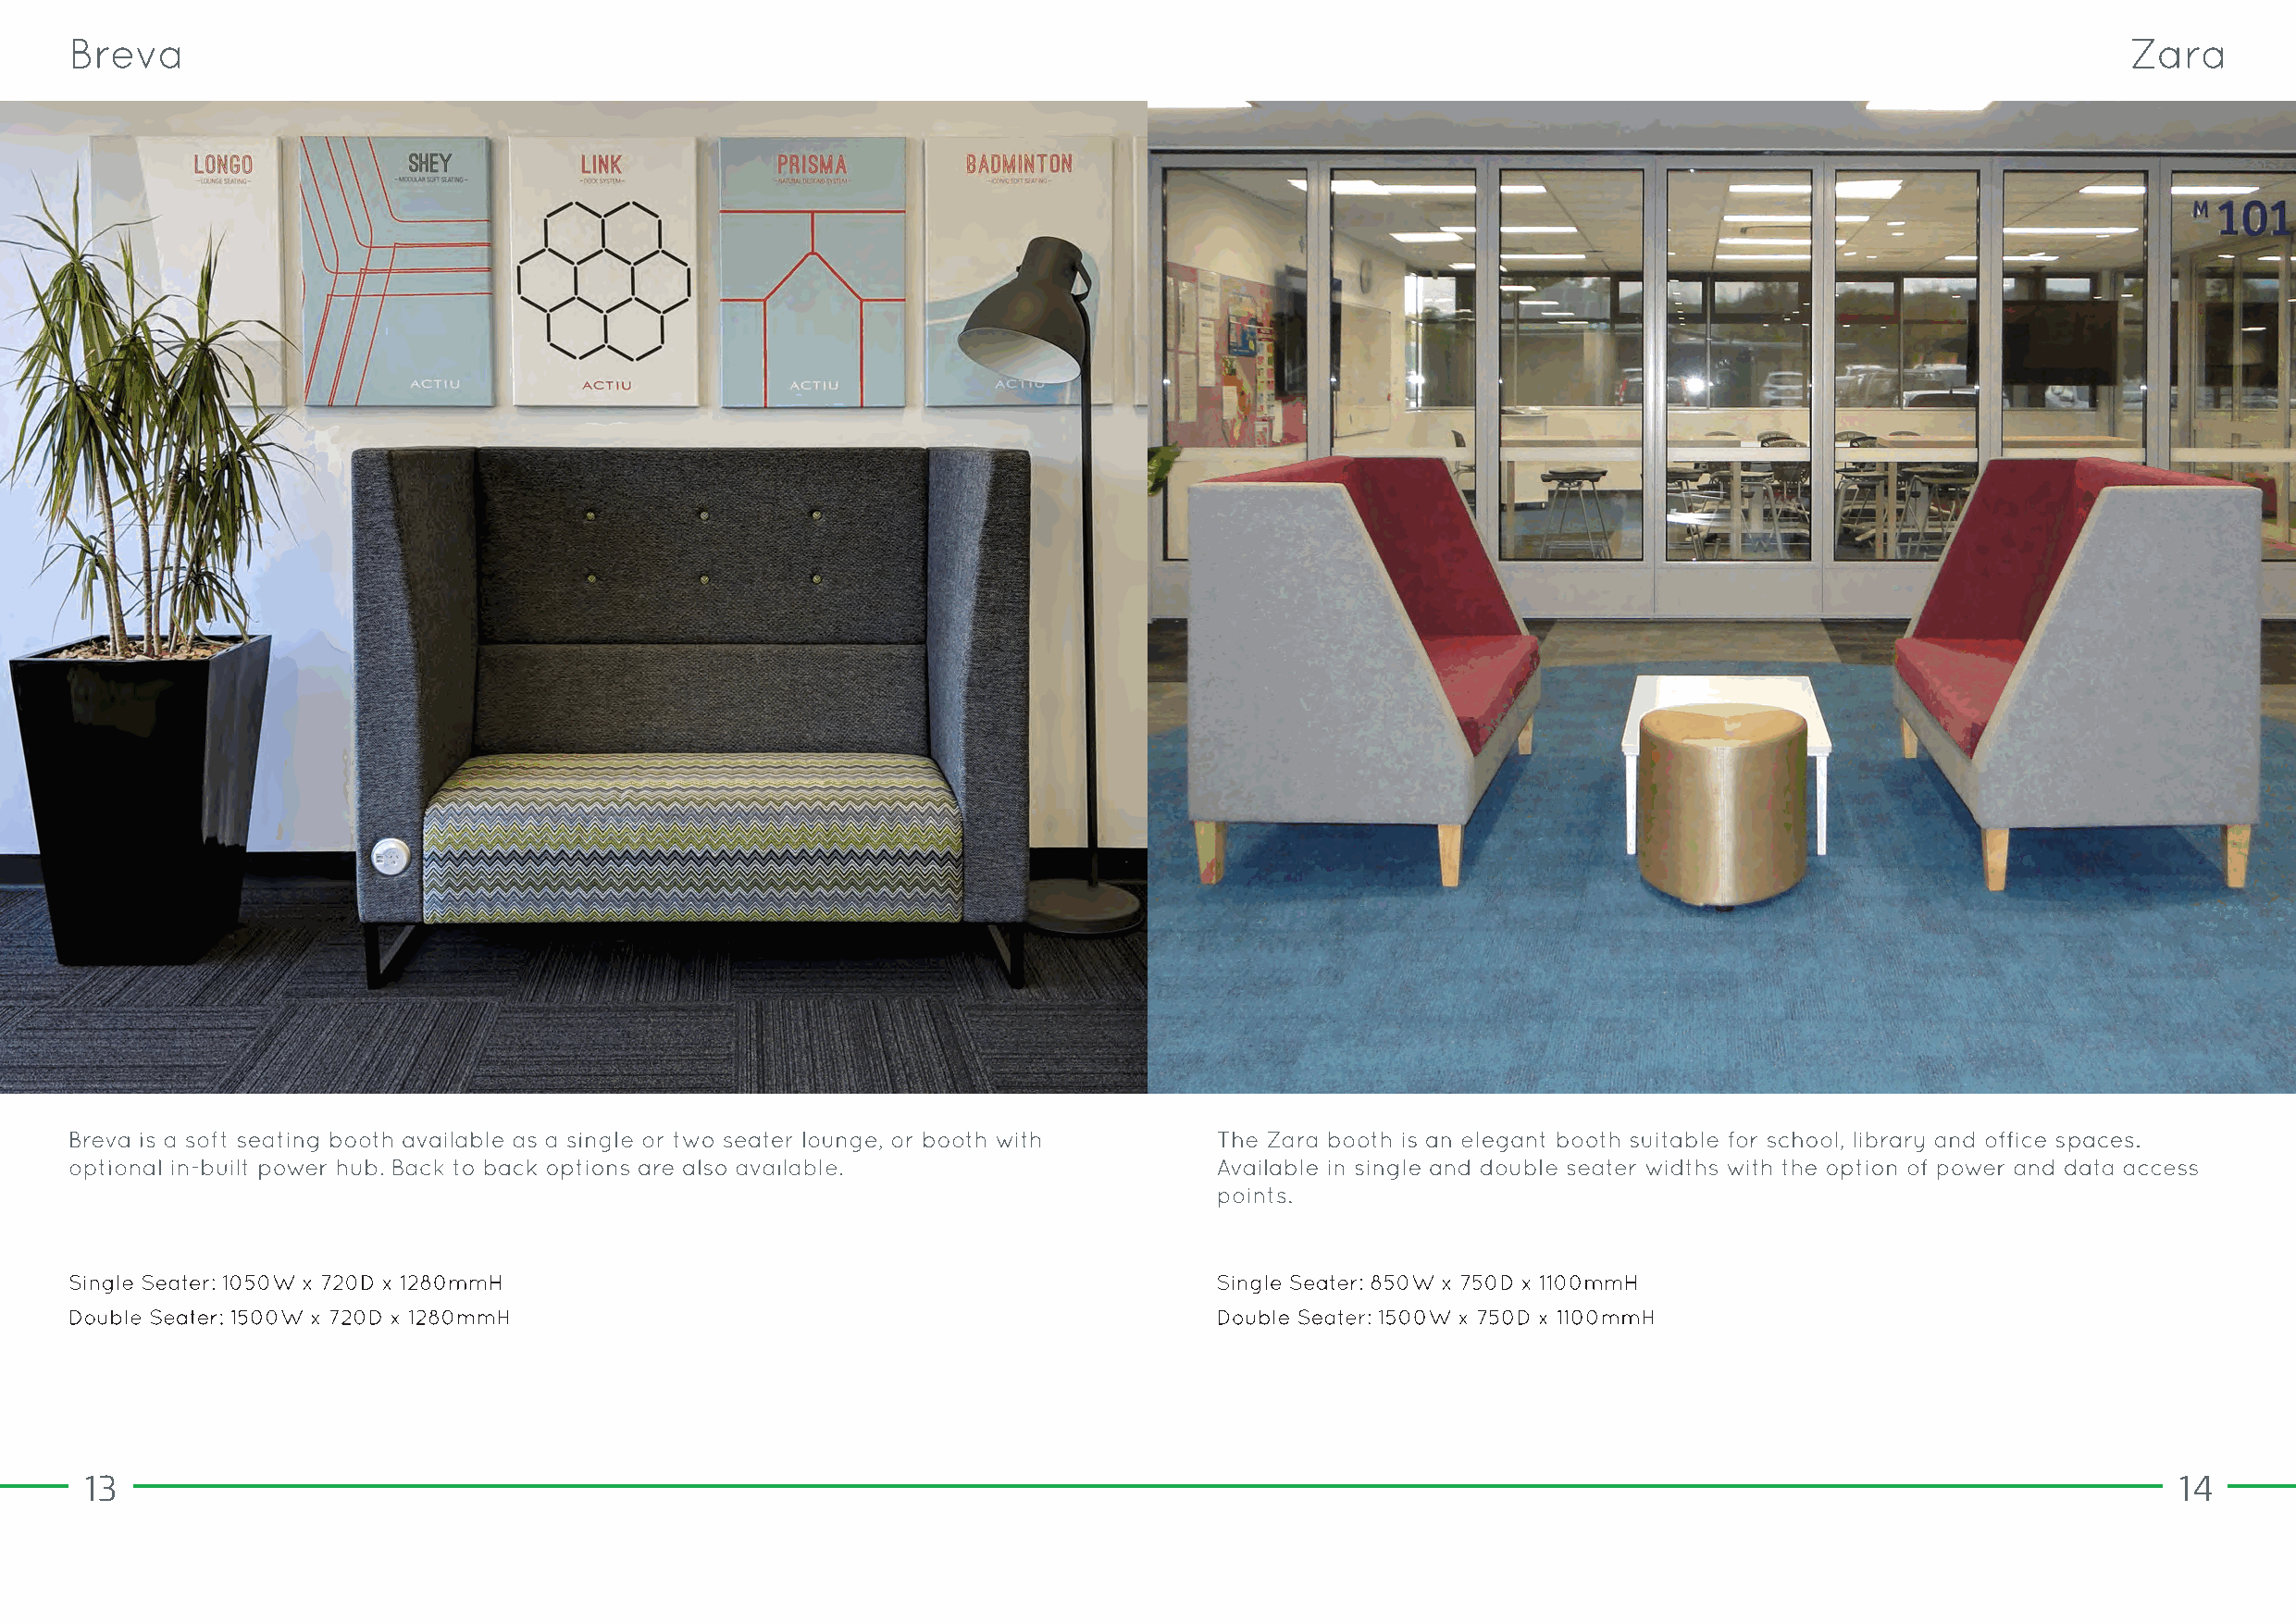
13                                                                                                                                                    14